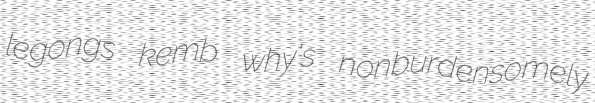
legongs kemb why's nonburdensomely